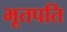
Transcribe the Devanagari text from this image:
भूतपति